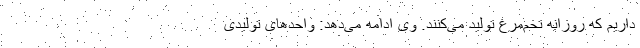
داریم که روزانه تخم‌مرغ تولید می‌کنند. وی ادامه می‌دهد: واحدهای تولیدی